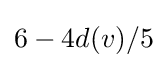
6-4d(v)/5